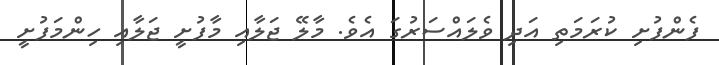
ފެންފުށި ކުރަމަތި އަދި ވެލައްސަރުގަ އެވެ. މާލޭ ޖަލާއި މާފުށީ ޖަލާއި ހިންމަފުށީ